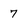
Character: 7